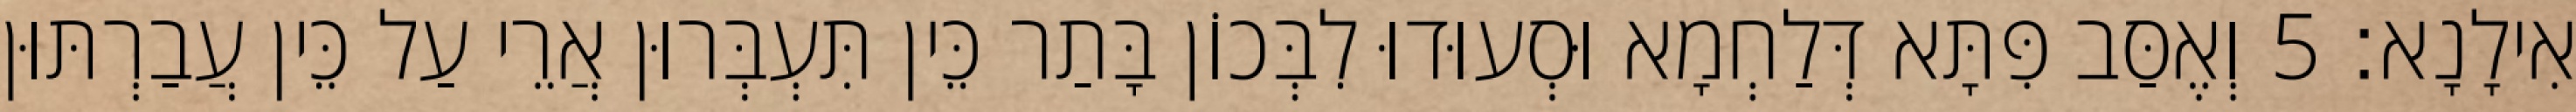
אִילָנָא׃ 5 וְאֶסַּב פִּתָּא דְּלַחְמָא וּסְעוּדוּ לִבְּכוֹן בָּתַר כֵּין תִּעְבְּרוּן אֲרֵי עַל כֵּין עֲבַרְתּוּן